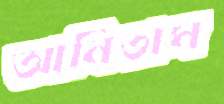
আনিতাম